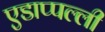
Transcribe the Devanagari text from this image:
एडाप्पल्ली